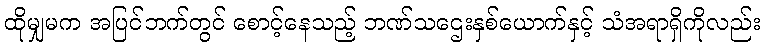
ထိုမျှမက အပြင်ဘက်တွင် စောင့်နေသည့် ဘဏ်သဌေးနှစ်ယောက်နှင့် သံအရာရှိကိုလည်း